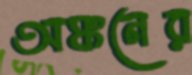
অঙ্কনের